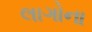
લાગોના